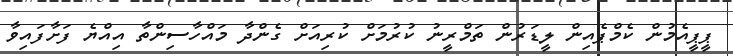
ޕީޕީއެމުން ކެމްޕެއިން ލީޑަރުން ތަމްރީނު ކުރުމަށް ކުރިއަށް ގެންދާ މައްހާސިންތާ އިއްޔެ ފަށާފައިވާ